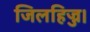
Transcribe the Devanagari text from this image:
जिलहिज्ज।